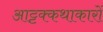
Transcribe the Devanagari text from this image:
आट्टक्कथाकारों